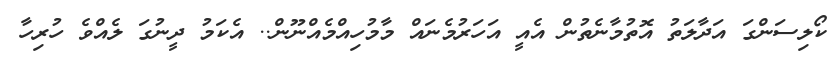
ކޯލިސަންގަ އަދާލަތު އޮތުމާނެތުން އެއީ އަހަރުމެނައް މާމުހިއްމެއްނޫން.. އެކަމު ދީނުގަ ލެއްވެ ހުރިހާ